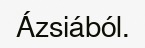
Ázsiából.